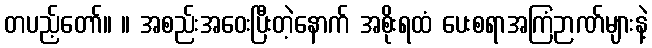
တပည့်တော်။ ။ အစည်းအဝေးပြီးတဲ့နောက် အစိုးရထံ ပေးစရာအကြံဉာဏ်များနဲ့